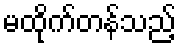
မထိုက်တန်သည့်